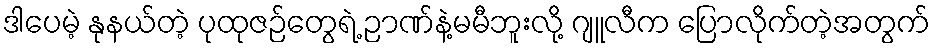
ဒါပေမဲ့ နုနယ်တဲ့ ပုထုဇဉ်တွေရဲ့ ဉာဏ်နဲ့မမီဘူးလို့ ဂျူလီက ပြောလိုက်တဲ့အတွက်